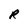
Character: R